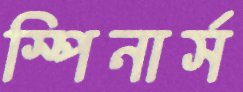
স্পিনার্স